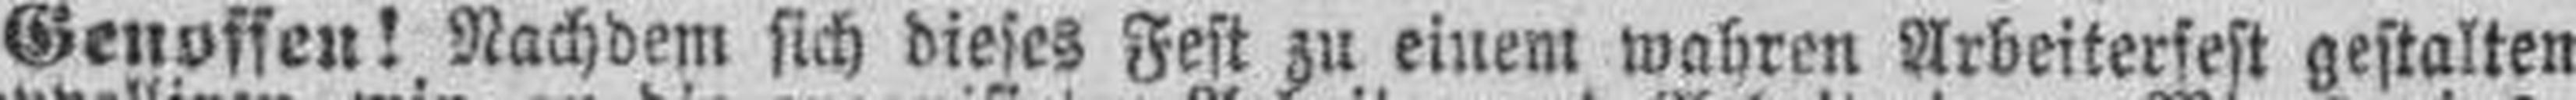
Genossen! Nachdem sich dieser Fest zu einem wahren Arbeiterfest gestalten